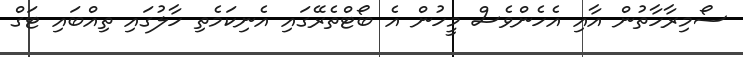
ސޯމިރާހާތުން އާއި އެހެންވެސް މީހުން އެ ބޯޓްތެރޭގައި އެނިކަމެތި ހާލުގައި ތިއްބައި ޓަގް